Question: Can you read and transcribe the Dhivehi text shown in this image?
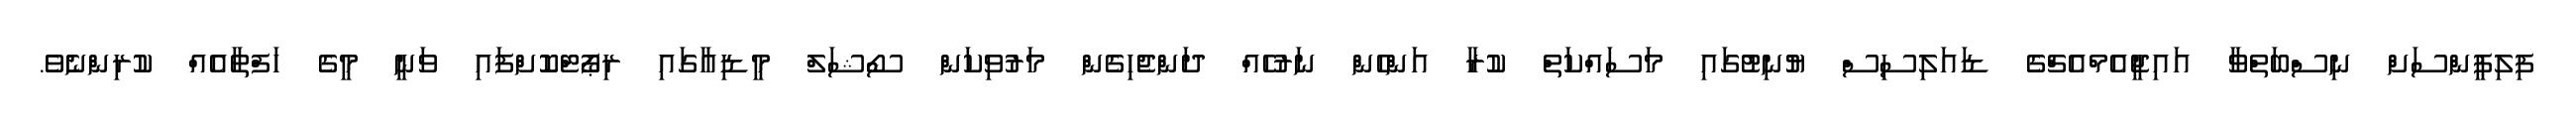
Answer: ފިލިޕީންސަށް ނިސްބަތްވާ އައިޖީއެމްއެޗްގެ ޑައަލިސިސް ޔުނިޓުގައި މަސައްކަތް ކުރާ އަންހެން ނަރުހެއް ދަންޖެހިގެން މަރުވިކަން ސޯޝަލް މީޑިއާގައި ރިޕޯޓްކޮށްފައި ވަނީ މީގެ ހަފްތާއެއް ކުރިންނެވެ.